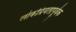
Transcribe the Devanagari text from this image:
लोकप्रियतापूर्वक